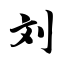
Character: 刘